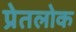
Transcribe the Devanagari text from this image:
प्रेतलोक